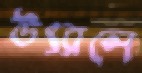
উৎরলে